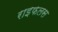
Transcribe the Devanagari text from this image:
राइफलस